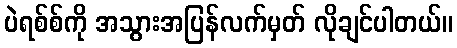
ပဲရစ်စ်ကို အသွားအပြန်လက်မှတ် လိုချင်ပါတယ်။